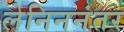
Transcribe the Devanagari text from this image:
लेनिननंतर